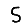
Digit: 5